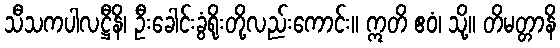
သီသကပါလဋ္ဌီနိ၊ ဦးခေါင်းခွံရိုးတို့လည်းကောင်း။ ဣတိ ဧဝံ၊ သို့။ တိမတ္တာနိ